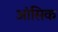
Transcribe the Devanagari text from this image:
आंसिक